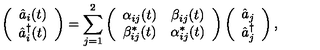
\left( \begin{array} { c } { \hat { a } _ { i } ( t ) } \\ { \hat { a } _ { i } ^ { \dag } ( t ) } \\ \end{array} \right) = \sum _ { j = 1 } ^ { 2 } \left( \begin{array} { c c } { \alpha _ { i j } ( t ) } & { \beta _ { i j } ( t ) } \\ { \beta _ { i j } ^ { \ast } ( t ) } & { \alpha _ { i j } ^ { \ast } ( t ) } \\ \end{array} \right) \left( \begin{array} { c } { \hat { a } _ { j } } \\ { \hat { a } _ { j } ^ { \dag } } \\ \end{array} \right) ,